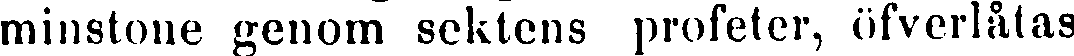
minstone genom sektens profeter, övferlåtas